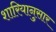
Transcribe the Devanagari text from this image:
शारियानुसार